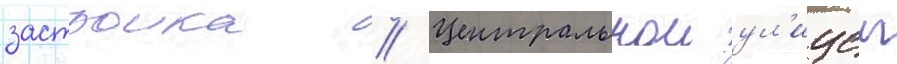
застроика // Центральнои ул'ицеи